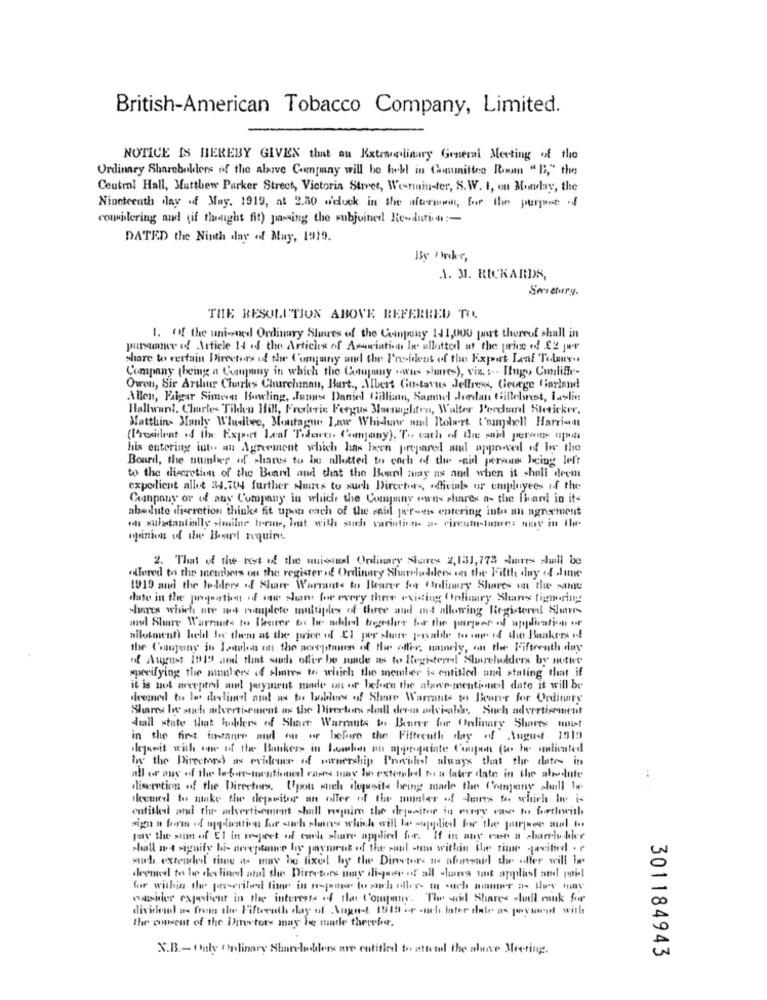
British-American Tobacco Company, Limited.
NOTICE IS HEREBY GIVEN that an Extraculinary General Meeting of the
Ordinary Shareholders of the above Conpany will be hehl in Committee Room "B"," the
Central Hall, Matthew Parker Street, Victoria Street, Wenninter, S.W. I, on Monday, the
Nineteenth day of May. 1919, at 2.30 o'duck in the afuria, for the purpose: if
considering and (if thought fit) passing the wubjoined Re-duti. 4 :-
DATED the Ninth day of May, 1919.
A. M. RICKARDS,
Savetury.
THE RESOLUTION ABOVE REFERRED TO.
1. Of the uni-ned Ordinary Shares of the Company 111,000 part thereof shall in
pursuaner of Article 14 if the Articles of Association Ie allotted at the price off 22 pwr
share to certain Directors of the Company and the I'nesidens of the Export Leaf Tolano ..
Company (being a Champmany in which the Company .wus shares), viz. ... Itugy, Cunliffe-
Owen, Sir Arthur Charks Churchman, Bart ., Albert Co-tavus Jeffress, George Ciarland
Allen, Falgar Simens Bowling, Jan Daniel tallinn, Sammel Jedan Gillelnest, Laslie
Hallward. Charles Tilden Hill, Frelerie Fergus Managhten, Walter Pereluard Sheticker.
Matthias Manly Wuelbee, Montague Law Whichw nail Rolert ('amphell Harriaut
(President of the Expert Leaf Tidact, Company), T. each of the soil persons upata
his entering into an Agreement which has been prepared mud approved of Ww the
Board, the number of shares to be allotted to each of the -aid persone being left
to the discretion of the Board and that the Board may as and when it shall deem
experient allot 34.7044 further sures to such Director -, officials ur employees if the
Counpauy or of any Company in which the Company owns shares a- the Board in its
abadute discretion thinks fit upon each of the said per-es entering into an agreement
on substantially similar treans, but will such variation- a- circum-lanre: hay in Il.
opinion of the Bart require.
2. That of the rest of the muisausl Ordinary Shares 2,131,775 shares shall be
mitered to the members on the register .& Ordinary Shareladders on the Fifth day of dime
1919 and the holdere of Share Warrants to Bearer for Ordinary Shares on the same
date in the proportion of one sham for every thne existing Onlimary Shans tignoring
shares which ate ist completo multiples of three and mt allowing Registered Slunes
and Share Warrants to Theiror to be nohled tagesher for the partner of application of
allotment) held boe them at the price of CI per share poisalite to any of the Bankers of
the Company in Julen on the acceptance of the offer, namely, on the Fifteenth day
of August 1919 and that such offer be made as to Registeral Shareholders by notre
specifying the numbers of shares to which the member is entitled and stating that if
it is not accepted al jaryment made on or before the alawe-mentioned date it will be
deemed to lo devlinel aiut us tos belles off Shore Warrants por Beurer for Ordinary
Shares Is such advertisement as the Director shell deesa advisable. Such advertisement
Siall state that hudders of Share Warrants to Barer for Ordinary Shares met
in the first instance and on or before the Fifteenthe day of August 1919
ilqueit with see of the Bankers in Lumber an appropriate d'amant (i he indicated
by the Directors) as evidomer of ownership Prowvilel always that the dates in
all or any of the before-mentioned! cases may be extended to n later date in the absolute
discretion of the Directors. Upon sich ihqusite being made the Company shall le
deemed to make the dlepeitor an offer of the umualer of darts to which It is
outished and the advertisement shall require the dejanitor in carry case to forthwith
pay the sun of El in respect of cach share applied for. If in any case a charbekler
chall mt signify hi- neveptamee by payment of the saul when within the time -javitied . r
sub extended time as may be fixed by the Directors as aforsaid she affer will be
drenteel tos lop the line and the Directors may diquer of all hans tant appliesl and qui-
for within the perscribed time in mejor to sch uller- in such asmer a day may
wasidler expedient in the interests of the Company. The said Shares slutll mauk for
divichad as frem the Fifteenth day of Angodt 1949 or -nch Inter dale as payuwit with
the consent of the Directors may he matle therefor.
X.B .- Only ordinary Sharehollers are entitled to attend the above Meeting.
301184943